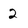
Character: 2